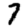
Digit: 7